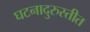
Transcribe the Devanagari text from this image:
घटनादुरुस्तीत